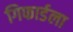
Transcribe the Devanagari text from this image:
गिफार्डला